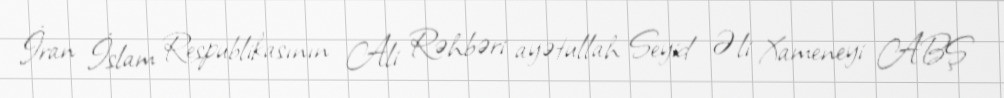
İran İslam Respublikasının Ali Rəhbəri ayətullah Seyid Əli Xameneyi ABŞ